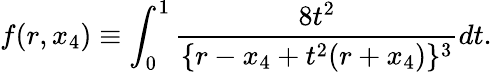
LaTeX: f(r,x_{4})\equiv\int_{0}^{1}\frac{8t^{2}}{\{ r-x_{4}+t^{2}(r+x_{4})\} ^{3}}dt.